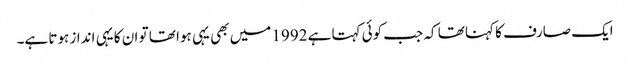
ایک صارف کا کہنا تھا کہ جب کوئی کہتا ہے 1992 میں بھی یہی ہوا تھا تو ان کا یہی انداز ہوتا ہے۔